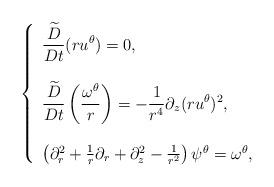
LaTeX: \begin{align*} \left\{\begin{array}{l}\displaystyle \frac{\widetilde{D}}{Dt} (r u^\theta) =0, \\ \\\displaystyle \frac{\widetilde{D}}{Dt} \left(\frac{\omega^\theta}{r} \right) =-\frac1{r^4} \partial_z(ru^\theta)^2,\\ \\\left(\partial^2_r + \frac1r \partial_r + \partial_z^2 -\frac1 {r^2}\right) \psi^\theta = \omega^\theta,\end{array}\right.\end{align*}